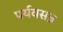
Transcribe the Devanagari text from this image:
पर्यवसन्न